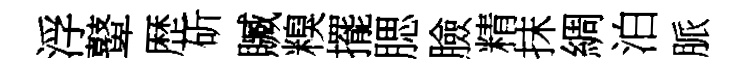
浮鼙歴斫贓糗擺腮臉精抹綢泊脈